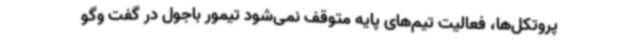
پروتکل‌ها، فعالیت تیم‌های پایه متوقف نمی‌شود تیمور باجول در گفت وگو